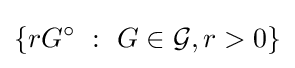
\left\{rG^{\circ }~:~G\in {\mathcal {G}},r>0\right\}